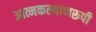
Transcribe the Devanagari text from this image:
आत्मकल्याणरूपी